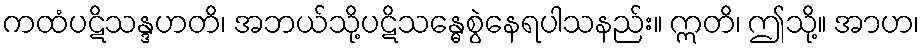
ကထံပဋိသန္ဒဟတိ၊ အဘယ်သို့ပဋိသန္ဓေစွဲနေရပါသနည်း။ ဣတိ၊ ဤသို့။ အာဟ၊